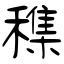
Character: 穕